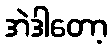
အဲဒါတော့